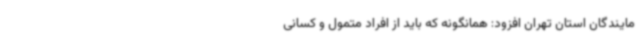
مایندگان استان تهران افزود: همانگونه که باید از افراد متمول و کسانی